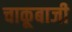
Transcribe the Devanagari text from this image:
चाकूबाजी